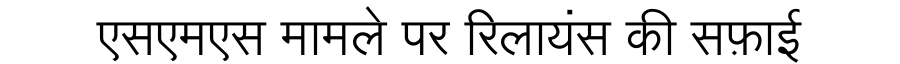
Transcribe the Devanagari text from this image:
एसएमएस मामले पर रिलायंस की सफ़ाई